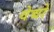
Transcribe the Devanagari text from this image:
वेद्यो